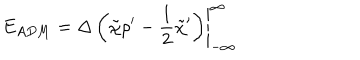
E _ { A D M } = \left. { \Delta } \left( \tilde { \chi } { \rho } ^ { \prime } - { \frac 1 2 } { \tilde { \chi } } ^ { \prime } \right) \right| _ { - \infty } ^ { \infty }